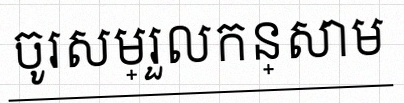
ចូរសម្រួលកន្សោម